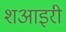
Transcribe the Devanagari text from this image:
शआइरी